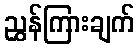
ညွှန်ကြားချက်